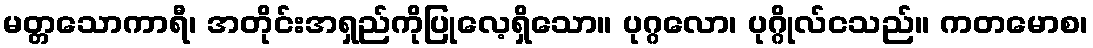
မတ္တသောကာရီ၊ အတိုင်းအရှည်ကိုပြုလေ့ရှိသော။ ပုဂ္ဂလော၊ ပုဂ္ဂိုလ်ငသည်။ ကတမောစ၊